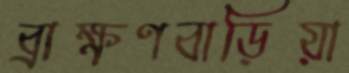
ব্রাক্ষণবাড়িয়া